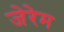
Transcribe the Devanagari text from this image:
जेरेम